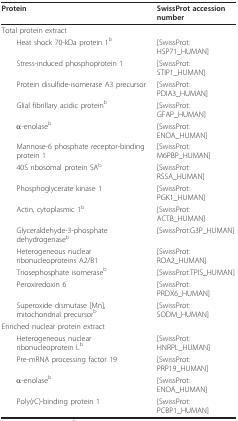
<table><thead><tr><td><b>Protein</b></td><td><b>SwissProt accession number</b></td></tr></thead><tbody><tr><td>Total protein extract</td><td></td></tr><tr><td> Heat shock 70-kDa protein 1<sup>b</sup></td><td>[SwissProt:HSP71_HUMAN]</td></tr><tr><td> Stress-induced phosphoprotein 1</td><td>[SwissProt:STIP1_HUMAN]</td></tr><tr><td> Protein disulfide-isomerase A3 precursor</td><td>[SwissProt:PDIA3_HUMAN]</td></tr><tr><td> Glial fibrillary acidic protein<sup>b</sup></td><td>[SwissProt:GFAP_HUMAN]</td></tr><tr><td> α-enolase<sup>b</sup></td><td>[SwissProt:ENOA_HUMAN]</td></tr><tr><td> Mannose-6 phosphate receptor-binding protein 1</td><td>[SwissProt:M6PBP_HUMAN]</td></tr><tr><td> 40S ribosomal protein SA<sup>b</sup></td><td>[SwissProt:RSSA_HUMAN]</td></tr><tr><td> Phosphoglycerate kinase 1</td><td>[SwissProt:PGK1_HUMAN]</td></tr><tr><td> Actin, cytoplasmic 1<sup>b</sup></td><td>[SwissProt:ACTB_HUMAN]</td></tr><tr><td> Glyceraldehyde-3-phosphate dehydrogenase<sup>b</sup></td><td>[SwissProt:G3P_HUMAN]</td></tr><tr><td> Heterogeneous nuclear ribonucleoproteins A2/B1</td><td>[SwissProt:ROA2_HUMAN]</td></tr><tr><td> Triosephosphate isomerase<sup>b</sup></td><td>[SwissProt:TPIS_HUMAN]</td></tr><tr><td> Peroxiredoxin 6</td><td>[SwissProt:PRDX6_HUMAN]</td></tr><tr><td> Superoxide dismutase [Mn], mitochondrial precursor<sup>b</sup></td><td>[SwissProt:SODM_HUMAN]</td></tr><tr><td>Enriched nuclear protein extract</td><td></td></tr><tr><td> Heterogeneous nuclear ribonucleoprotein L<sup>b</sup></td><td>[SwissProt:HNRPL_HUMAN]</td></tr><tr><td> Pre-mRNA processing factor 19</td><td>[SwissProt:PRP19_HUMAN]</td></tr><tr><td> α-enolase<sup>b</sup></td><td>[SwissProt:ENOA_HUMAN]</td></tr><tr><td> Poly(rC)-binding protein 1</td><td>[SwissProt:PCBP1_HUMAN]</td></tr></tbody></table>